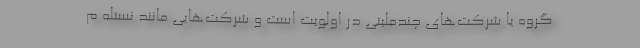
گروه یا شرکت‌های چندملیتی در اولویت است و شرکت‌هایی مانند نستله م